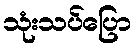
သုံးသပ်ပြော